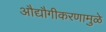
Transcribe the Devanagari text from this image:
औद्यौगीकरणामुळे